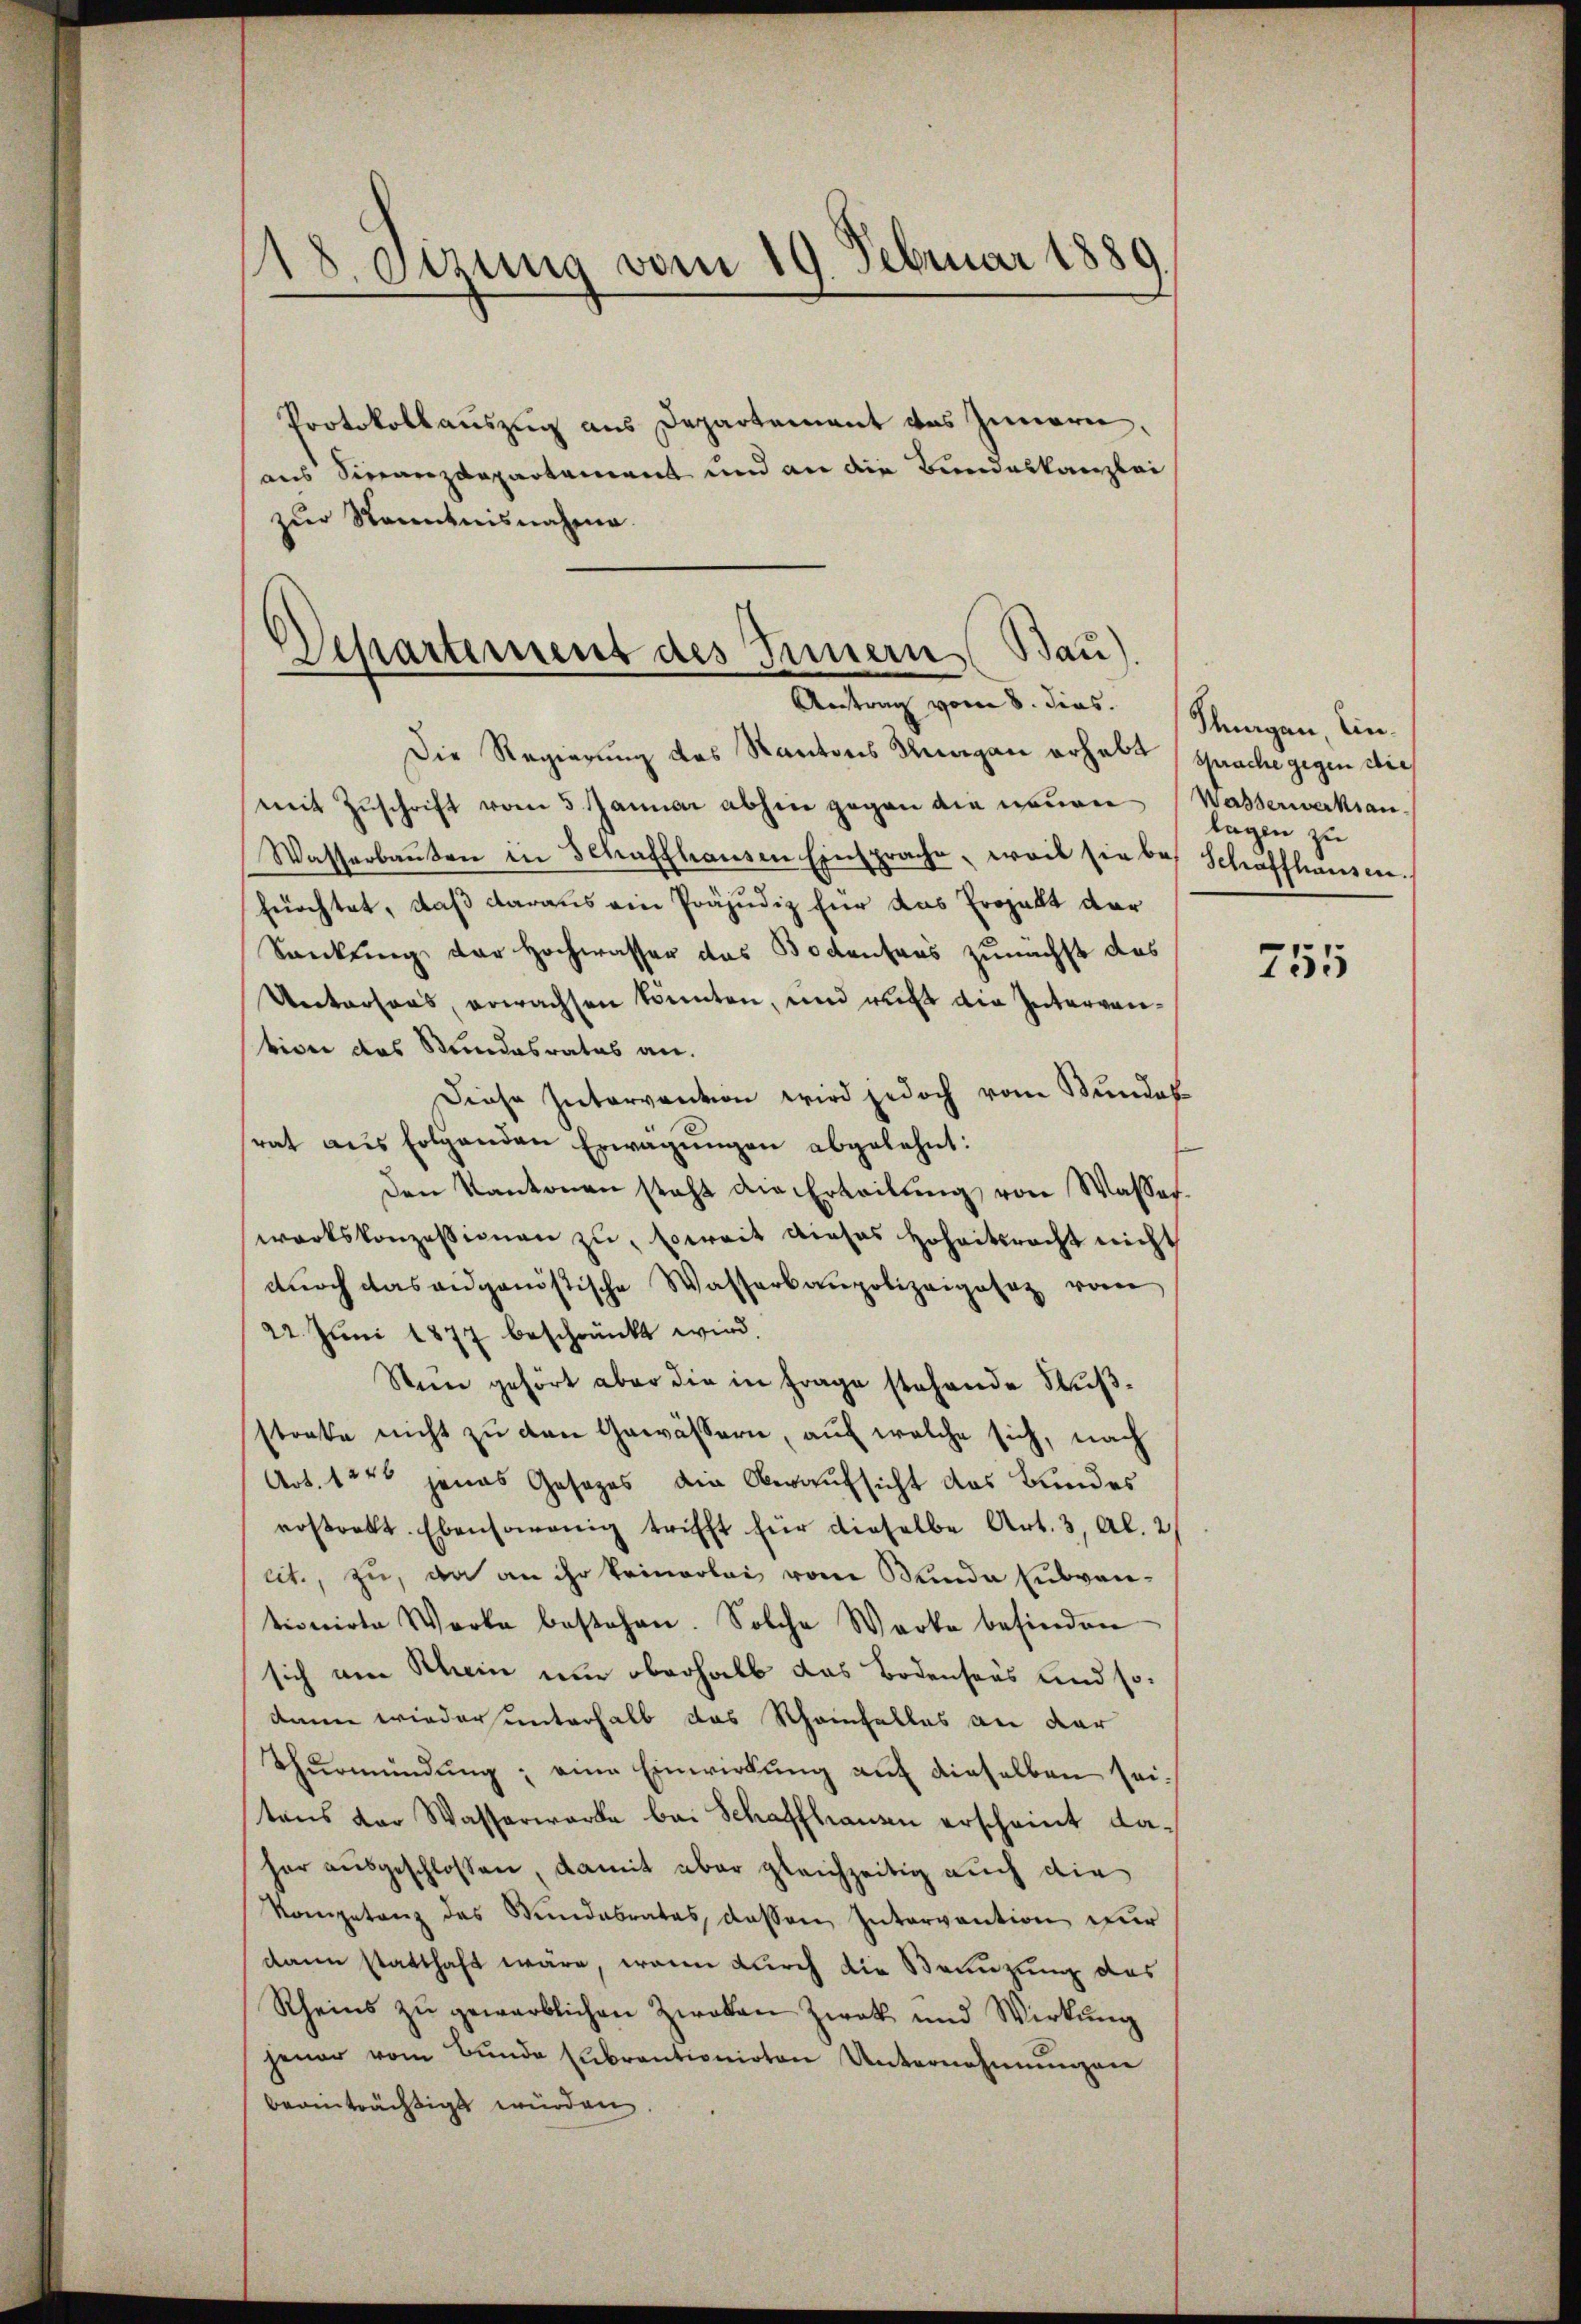
8. Sizung vom 19. Februar 1889
.

Portokollauszug aus Departement des Innern
ins Finanzdepartement und an die Bundeskanzlei
zur Kenntnisnahme.

Departement des Innern (Bau).
Antrag vom 8. dies

Die Regierung des Kantons Thurgau erhalt (sprache gegen die
mit Zŭschrift vom 5. Januar abhin gegen die neuen (Wasserwerksan
Wasserbaŭten in Schaffhausen Einsprache, weil sie des Schaffhausen.
fürchtet, daß daraus ein Präjudiz für das Prohalt dar
Saeckung der Hochwasser das Bodensers zunächst das
Unterhaus, erwachsen könnten, und recht die Intervenvion das Stundesrates an.
Diese Intervention wird jedoch vom Bundes
rat aus folgenden Erwägŭngen abgelehnt:
den Kantonen steht die Erteilung von Wasserwartskonzessionen zŭ, soweit dieses Hoheitsrecht nicht
dŭrch das eidgenössische Wasserbaupolizeigesez vom
22. Juni 1877 beschränkt wird.
Nun gehört aber die in Frage stehende Fußstrafe nicht zu den Gewässern, auf welche sich, nach
Art. 1240 jenes Gesezes die Oberaufsicht das Bundes
erstrakt. Ebensowenig trifft für dieselbe Art. 3, Al. 2
lit, zu, da an ihr keinerlei vom Kinde subventionirte Werke bestehen. Solche Werke befinden
sich am Schein nur oberhalb das Bodensaus und sodann wieder unterhalb das Scheinfalles an dar
Thurmündung; eine Einwirkung auf dieselben seitens der Wasserwerke bei Schaffhausen erscheint dahar ausgeschlossen, damit aber gleichzeitig auch die
Kompetenz des Stundabrates, dessen Intervention zur
dann statthaft wäre, wenn durch die Branzung des
Rheins zu gewarblichen Zweken Zweck und Wirkung
jener vom Bŭnde Eŭbrantionirten Unternehmungen
beanträchtigt würden.

Ptungen Einlagen zu

755